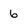
Character: 6